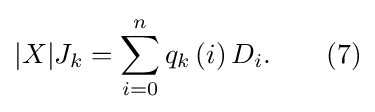
|X|J_{k}=\sum _{i=0}^{n}q_{k}\left(i\right)D_{i}.\qquad (7)